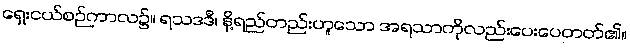
ရှေးငယ်စဉ်ကာလ၌။ ရသဒဒီ၊ နို့ရည်တည်းဟူသော အရသာကိုလည်းပေးပေတတ်၏။